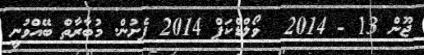
ޖޫން 13 - 2014  ވޯލްޑްކަޕް 2014 ފެށުން. މުބާރާތް ބޭއްވުނީ